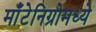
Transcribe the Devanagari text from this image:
माँटेनिग्रोमध्ये